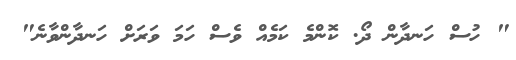
" ހުސް ހަނދާން ދޯ. ކޮންމެ ކަމެއް ވެސް ހަމަ ވަރަށް ހަނދާންވާނެ"